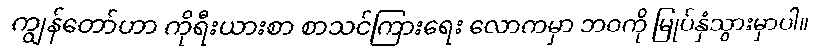
ကျွန်တော်ဟာ ကိုရီးယားစာ စာသင်ကြားရေး လောကမှာ ဘဝကို မြုပ်နှံသွားမှာပါ။